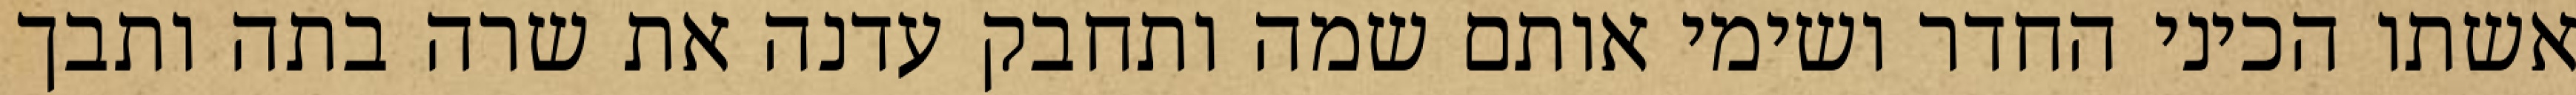
אשתו הכיני החדר ושימי אותם שמה ותחבק עדנה את שרה בתה ותבך